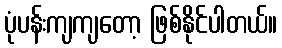
ပုံပန်းကျကျတော့ ဖြစ်နိုင်ပါတယ်။